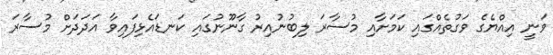
ވަނީ އިއްޔެގެ ވަގުތެއްގައި ކަމަށާއި މުސާރަ ލިބުނުއިރު ގާނޫނުގައި ކަނޑައެޅިފައިވާ އަދަދަށް މުސާރަ